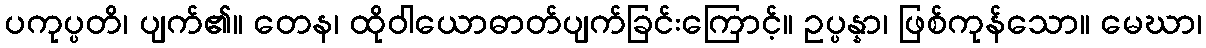
ပကုပ္ပတိ၊ ပျက်၏။ တေန၊ ထိုဝါယောဓာတ်ပျက်ခြင်းကြောင့်။ ဥပ္ပန္နာ၊ ဖြစ်ကုန်သော။ မေဃာ၊